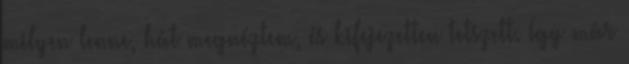
milyen lenne, hát megnéztem, és kifejezetten tetszett. Így már